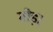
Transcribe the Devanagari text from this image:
मोड़।